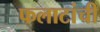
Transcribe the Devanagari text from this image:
फलाटांची